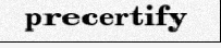
precertify